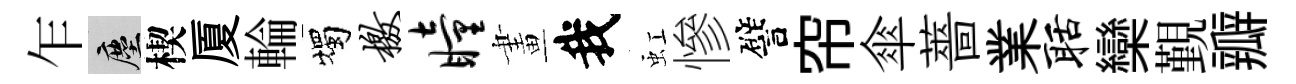
乍塵楔厦輪燭檄瞳畫我虹慘譬帘傘薔業聒欒覲瓣